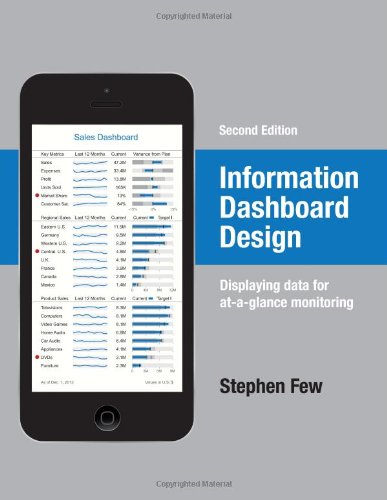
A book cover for Information Dashboard Design: Displaying Data for At-a-Glance Monitoring; Stephen Few; Computers & Technology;